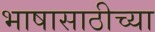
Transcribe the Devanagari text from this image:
भाषासाठीच्या